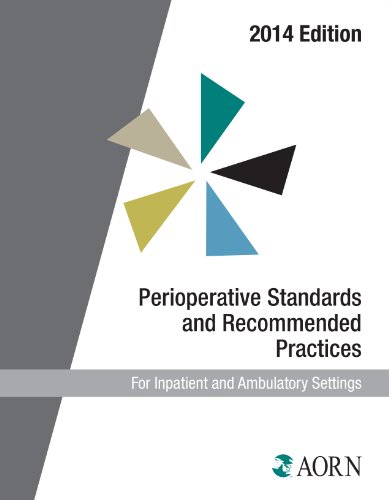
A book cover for Perioperative Standards and Recommended Practices (2014 Edition) (Aorn Perioperative Standards and Recommended Practices); Aorn; Medical Books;